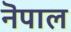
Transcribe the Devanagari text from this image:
नॆपाल